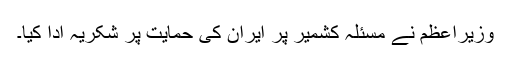
وزیراعظم نے مسئلہ کشمیر پر ایران کی حمایت پر شکریہ ادا کیا۔